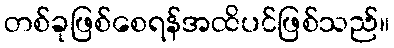
တစ်ခုဖြစ်စေရန်အထိပင်ဖြစ်သည်။